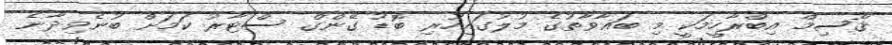
ޤާސިމް އިބްރާހީމަކީ މި ބަޣާވާތުގެ މުލުގައިހުރި ބޮޑު ގޭންގް ސްޓާރު ކަމަށް ބުނެވިދާނެ